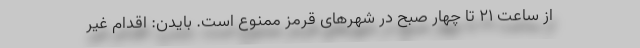
از ساعت ۲۱ تا چهار صبح در شهرهای قرمز ممنوع است. بایدن: اقدام غیر